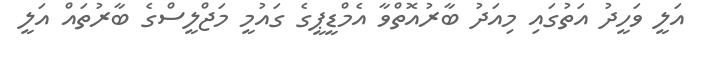
އަލީ ވަހީދު އަތުގައި މިއަދު ބާރުއޮތްވާ އެމްޑީޕީގެ ގައުމީ މަޖްލީސްގެ ބާރުތައް އަލީ